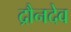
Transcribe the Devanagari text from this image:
द्रौनदेव